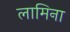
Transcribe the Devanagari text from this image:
लामिना